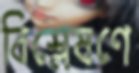
বিশ্লেষণে